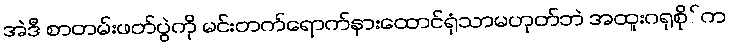
အဲဒီ စာတမ်းဖတ်ပွဲကို မင်းတက်ရောက်နားထောင်ရုံသာမဟုတ်ဘဲ အထူးဂရုစို်က